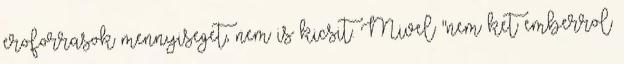
eroforrasok mennyiseget, nem is kicsit. Mivel "nem ket emberrol